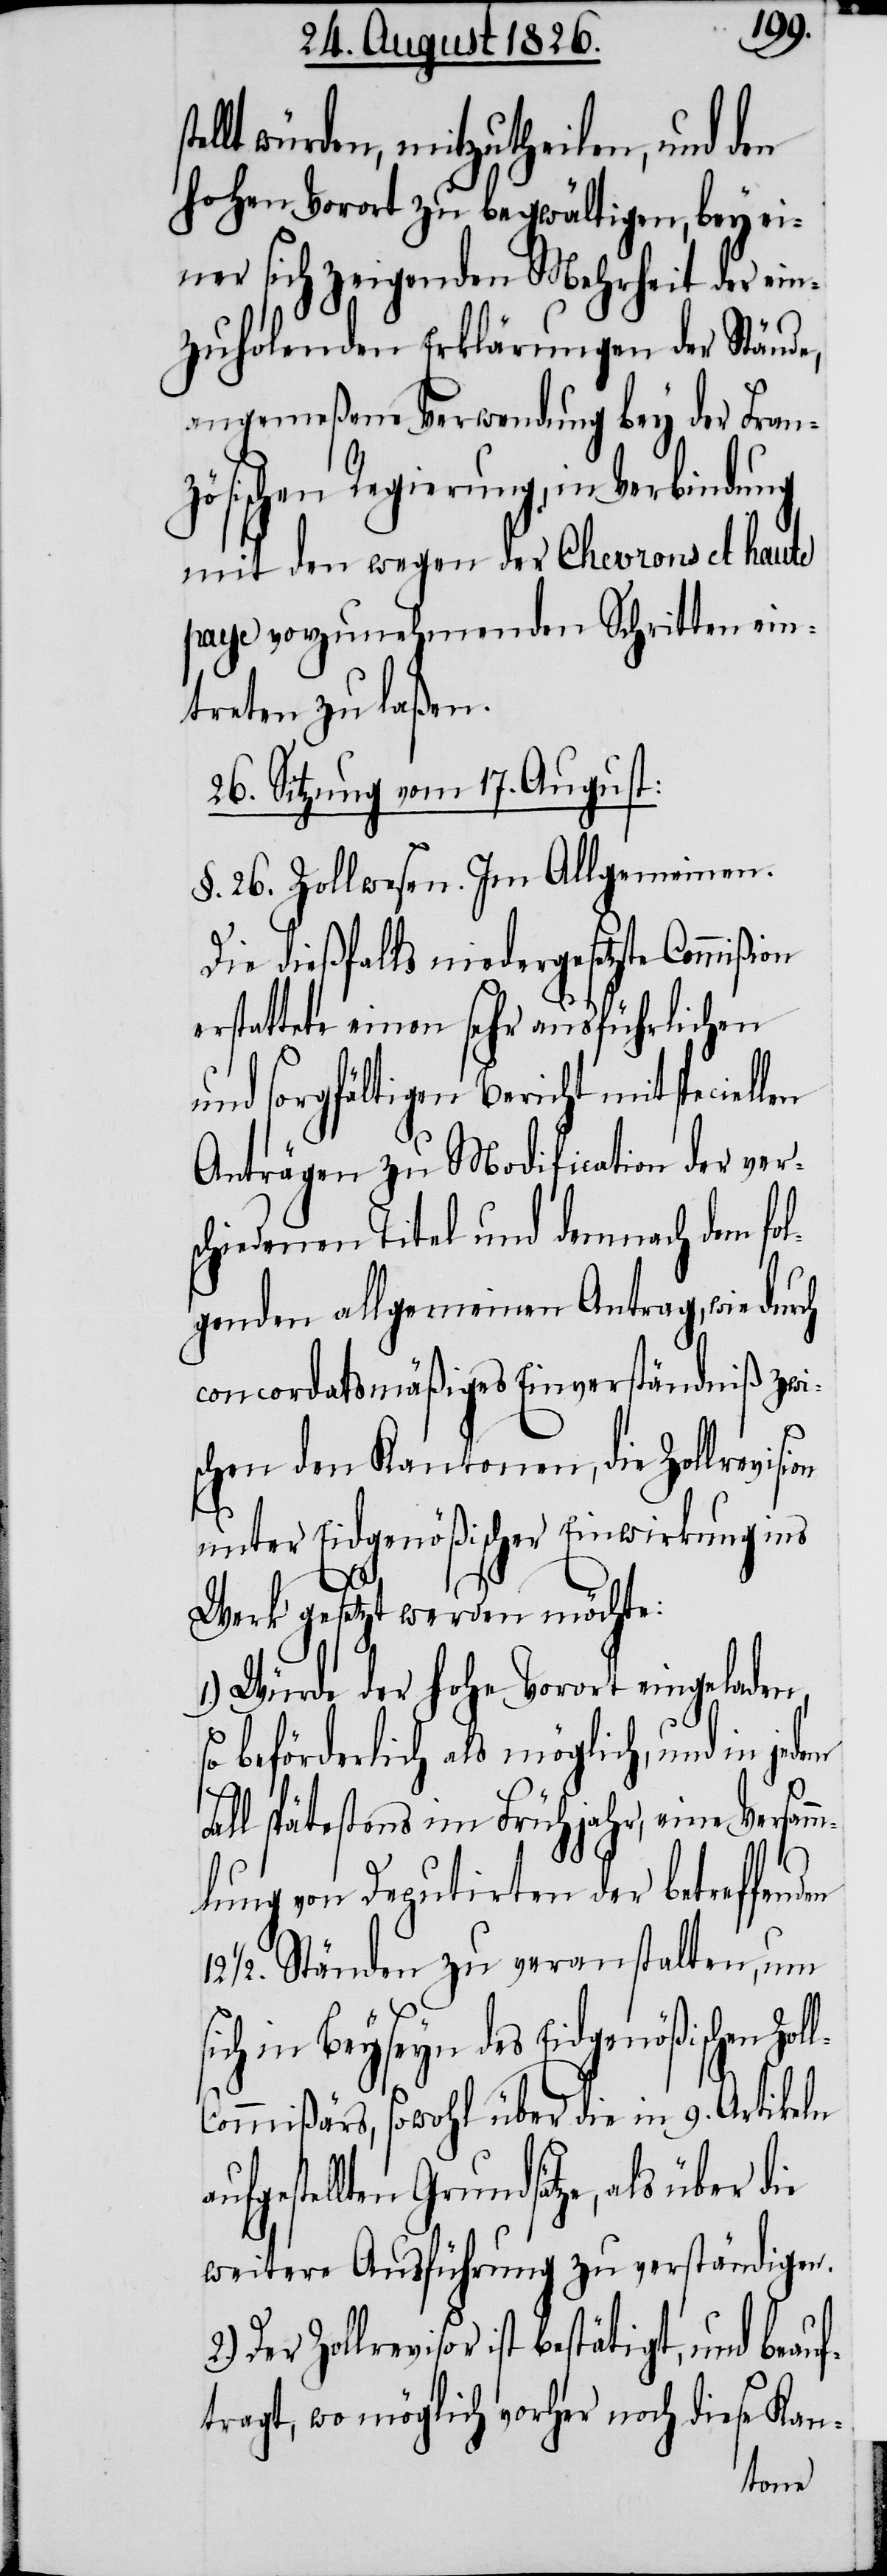
llt würden, mitzutheilen, und den
hohen Vorort zu begwältigen, bey ei¬
ner sich zeigenden Mehrheit der ein¬
zuholenden Erklärungen der Stände,
angemeßene Verwendung bey der Fran¬
zösischen Regierung, in Verbindung
mit den wegen der Chevrons et haute
paye vorzunehmenden Schritten ein¬
treten zu laßen.
26. Sitzung vom 17. August:
§. 26. Zollwesen. Im Allgemeinen.
Die dießfalls niedergesetzte Commißi¬
erstattete einen sehr ausführlichen
und sorgfältigen Bericht mit speciel¬
Anträgen zu Modification der ver¬
schiedenen Titel und demnach dem fol¬
genden allgemeinen Antrag, wie durch
concordatsmäßiges Einverständniß zwi¬
schen den Kantonen, die Zollrevisi¬
unter Eidgenößischer Einwirkung ins
Werk gesetzt werden möchte:
1.) Würde der hohe Vorort eingeladen,
so beförderlich als möglich, und in
all spätestens im Frühjahr, eine Versam¬
mlung von Deputirten der betreffen¬
12 ½. Ständen zu veranstalten, um
ich in Beyseyn des Eidgenößischen Zol¬
ommißärs, sowohl über die in 9. Artikeln
fgestellten Grundsätze, als über d¬
weitere Ausführung zu verständigen.
Der Zollrevisor ist bestätigt, und beauf¬
tragt, wo möglich vorher noch diese Kan-

2.)